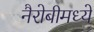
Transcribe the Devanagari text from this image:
नैरोबीमध्ये